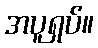
အပူရှပ်။